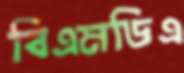
বিএমডিএ